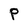
Character: P